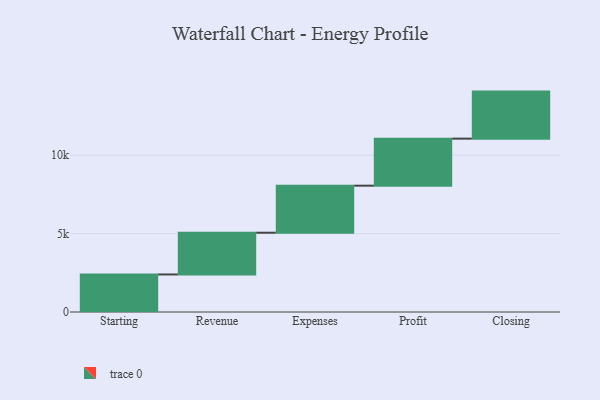
{"axis": {"x": "Step", "y": "Value"}, "legend": [""], "data": [{"x": "Starting", "y": 2395.0, "type": ""}, {"x": "Revenue", "y": 2661.0, "type": ""}, {"x": "Expenses", "y": 3000, "type": ""}, {"x": "Profit", "y": 3000, "type": ""}, {"x": "Closing", "y": 3000, "type": ""}]}